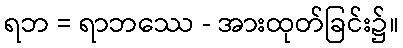
ရဘ = ရာဘဿေ - အားထုတ်ခြင်း၌။